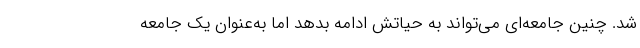
شد. چنین جامعه‌ای می‌تواند به حیاتش ادامه بدهد اما به‌عنوان یک جامعه